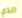
الذي